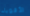
الأقوياء